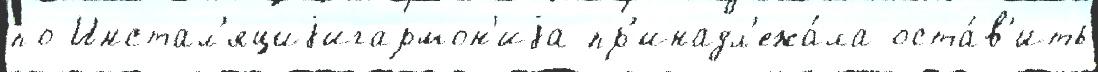
по Инстал'яциjигармон'иjа пр'инадл'ежа́ла оста́в'ить